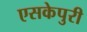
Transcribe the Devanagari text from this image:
एसकेपुरी